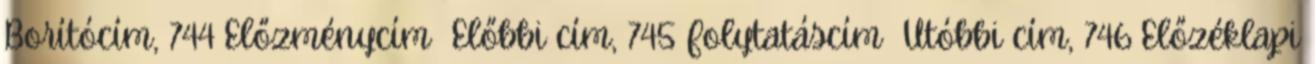
Borítócím, 744 Előzménycím Előbbi cím, 745 Folytatáscím Utóbbi cím, 746 Előzéklapi